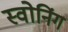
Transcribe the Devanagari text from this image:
स्वोनिंग